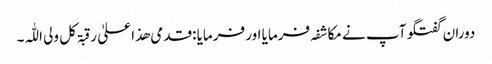
دوران گفتگو آپ نے مکاشفہ فرمایا اور فرمایا :قدمی ھذا علیٰ رقبۃ کل ولی اللّٰہ۔